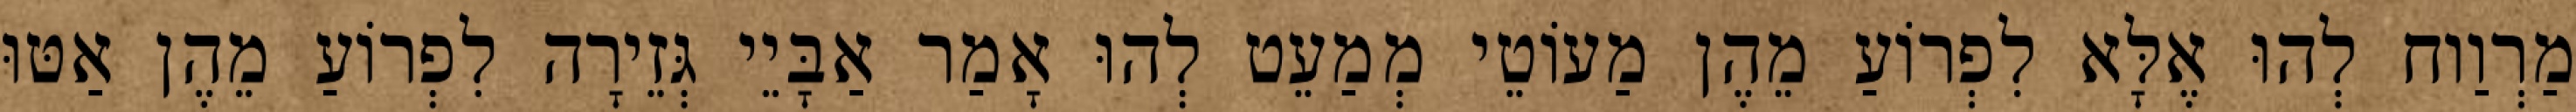
מַרְוַוח לְהוּ אֶלָּא לִפְרוֹעַ מֵהֶן מַעוֹטֵי מְמַעֵט לְהוּ אָמַר אַבָּיֵי גְּזֵירָה לִפְרוֹעַ מֵהֶן אַטּוּ